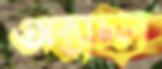
অস্তাচল